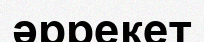
әррекет